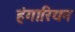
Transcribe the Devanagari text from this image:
हंगारियन